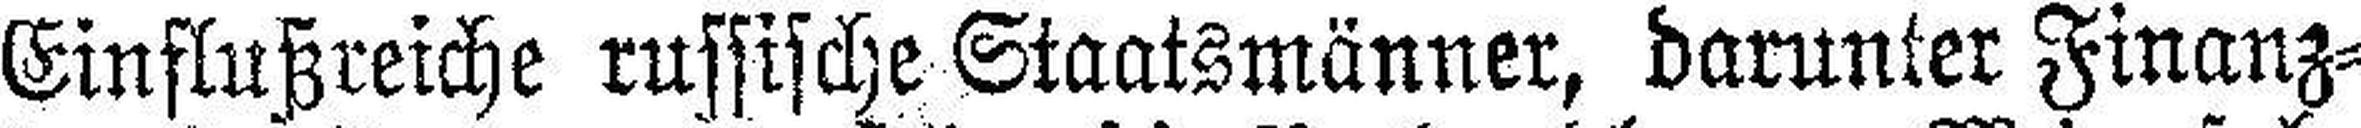
Einflußreiche russische Staatsmänner, darunter Finanz¬